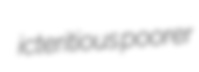
icteritious poorer